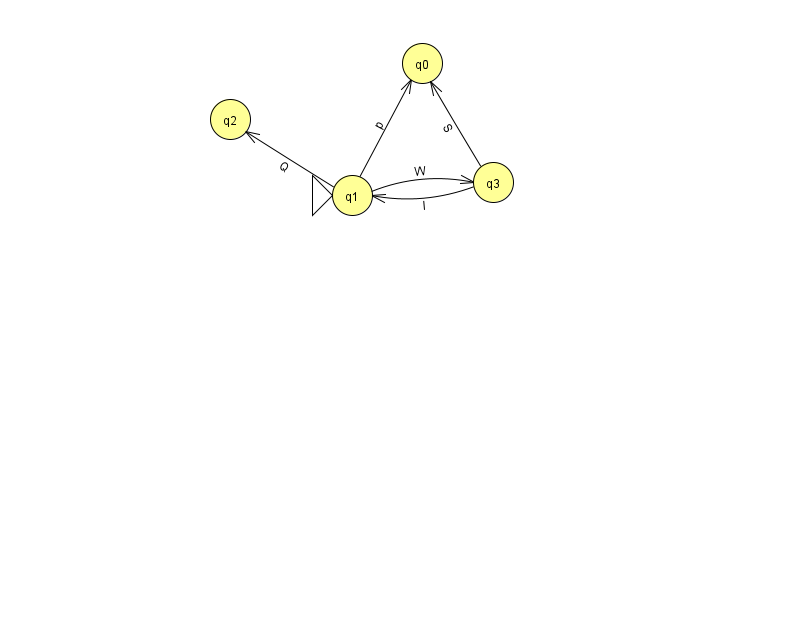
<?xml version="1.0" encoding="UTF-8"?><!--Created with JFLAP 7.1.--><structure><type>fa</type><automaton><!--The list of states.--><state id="0" name="q0"><x>422.0</x><y>50.0</y></state><state id="1" name="q1"><x>352.0</x><y>182.0</y><initial/></state><state id="2" name="q2"><x>230.0</x><y>106.0</y></state><state id="3" name="q3"><x>493.0</x><y>169.0</y></state><state id="4" name="q4"><x>956.0</x><y>83.0</y><final/></state><!--The list of transitions.--><transition><from>1</from><to>2</to><read>Q</read></transition><transition><from>3</from><to>0</to><read>S</read></transition><transition><from>1</from><to>3</to><read>W</read></transition><transition><from>1</from><to>0</to><read>p</read></transition><transition><from>4</from><to>4</to><read>v</read></transition><transition><from>3</from><to>1</to><read>l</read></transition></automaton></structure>